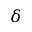
\delta